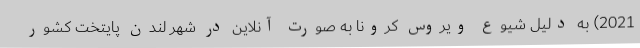
2021) به دلیل شیوع ویروس کرونا به صورت آنلاین در شهر لندن پايتخت کشور